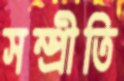
সম্প্রীতি